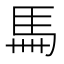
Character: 𩡧